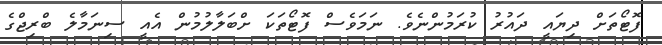
ފޮޓޯތަށް ދިޔައީ ދައުރު ކުރަމުންނެވެ. ނަމަވެސް ފޮޓޯތަކަ ށްބަލާލުމުން އެއީ ސިނަމާލެ ބްރިޖްގެ